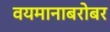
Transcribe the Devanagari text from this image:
वयमानाबरोबर